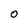
Character: 0